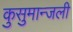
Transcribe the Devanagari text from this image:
कुसुमान्जली